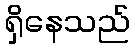
ရှိနေသည်